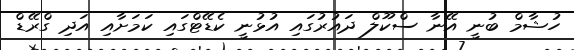
ހުޝާމް ބުނީ އޭނާ ސްކޫލް ދައުރުގައި އުޅުނީ ކެޑޭޓްގައި ކަމަށާއި އަދި ގްރޭޑް